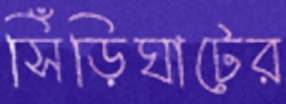
সিঁড়িঘাটের